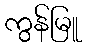
ကွန်မြူ